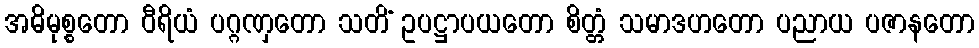
အဓိမုစ္စတော ဝီရိယံ ပဂ္ဂဏှတော သတိံ ဥပဋ္ဌာပယတော စိတ္တံ သမာဒဟတော ပညာယ ပဇာနတော